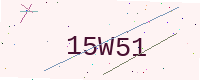
Text: 15W51